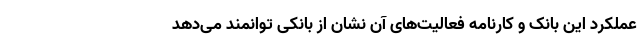
عملکرد این بانک و کارنامه فعالیت‌های آن نشان از بانکی توانمند می‌دهد